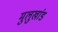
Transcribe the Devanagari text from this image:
मुलुखांड